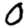
Digit: 0